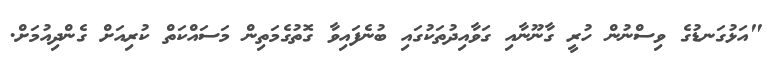
"އަޅުގަނޑުގެ ވިސްނުން ހުރީ ގާނޫނާއި ގަވާއިދުތަކުގައި ބުނެފައިވާ ގޮތުގެމަތިން މަސައްކަތް ކުރިއަށް ގެންދިއުމަށް.